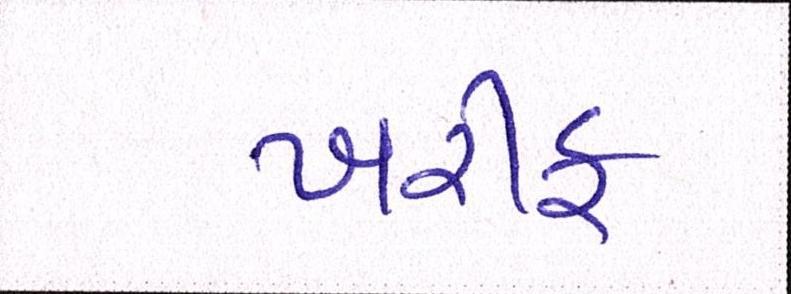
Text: ખરીફ